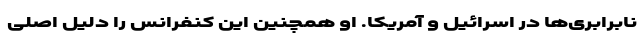
نابرابری‌ها در اسرائیل و آمریکا. او همچنین این کنفرانس را دلیل اصلی